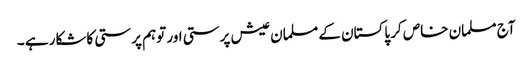
آج مسلمان خاص کر پاکستان کے مسلمان عیش پرستی اور توہم پرستی کاشکار ہے ۔